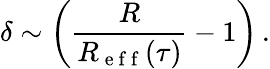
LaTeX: \delta\sim\left(\frac{R}{R_{\mathrm{~e~f~f~}}(\tau)}-1\right)\, .